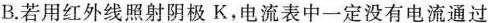
B.若用红外线照射阴极K，电流表中一定没有电流通过